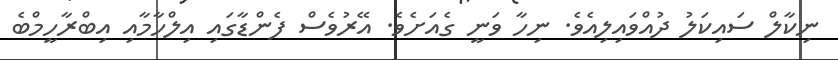
ނިކާލް ސައިކަލު ދުއްވައިލިއެވެ. ނިހާ ވަނީ ގެއަށެވެ. އޭރުވެސް ފެންޑާގައި އިލްހާމާއި އިބްރާހީމްބެ